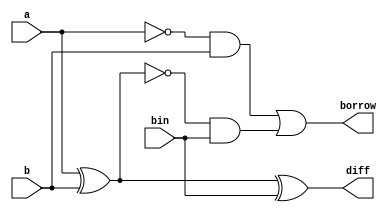
//data flow
/*
module fullsub(a,b,bin,diff,borrow);
input a,b,bin;
output diff,borrow;
assign diff=a^b^bin;
assign borrow=~a&b|(~(a^b))&bin;
endmodule
*/
//gate level

module fullsub(a,b,bin,diff,borrow);
input a,b,bin;
output diff,borrow;
xor x1(w5,a,b);
xor x2(diff,w5,bin);
not n1(w1,a);
and a1(w3,w1,b);
not n2(w2,w5);
and a2(w4,w2,bin);
or o1(borrow,w3,w4);
endmodule